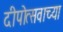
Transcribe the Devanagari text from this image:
दीपोत्सवाच्या